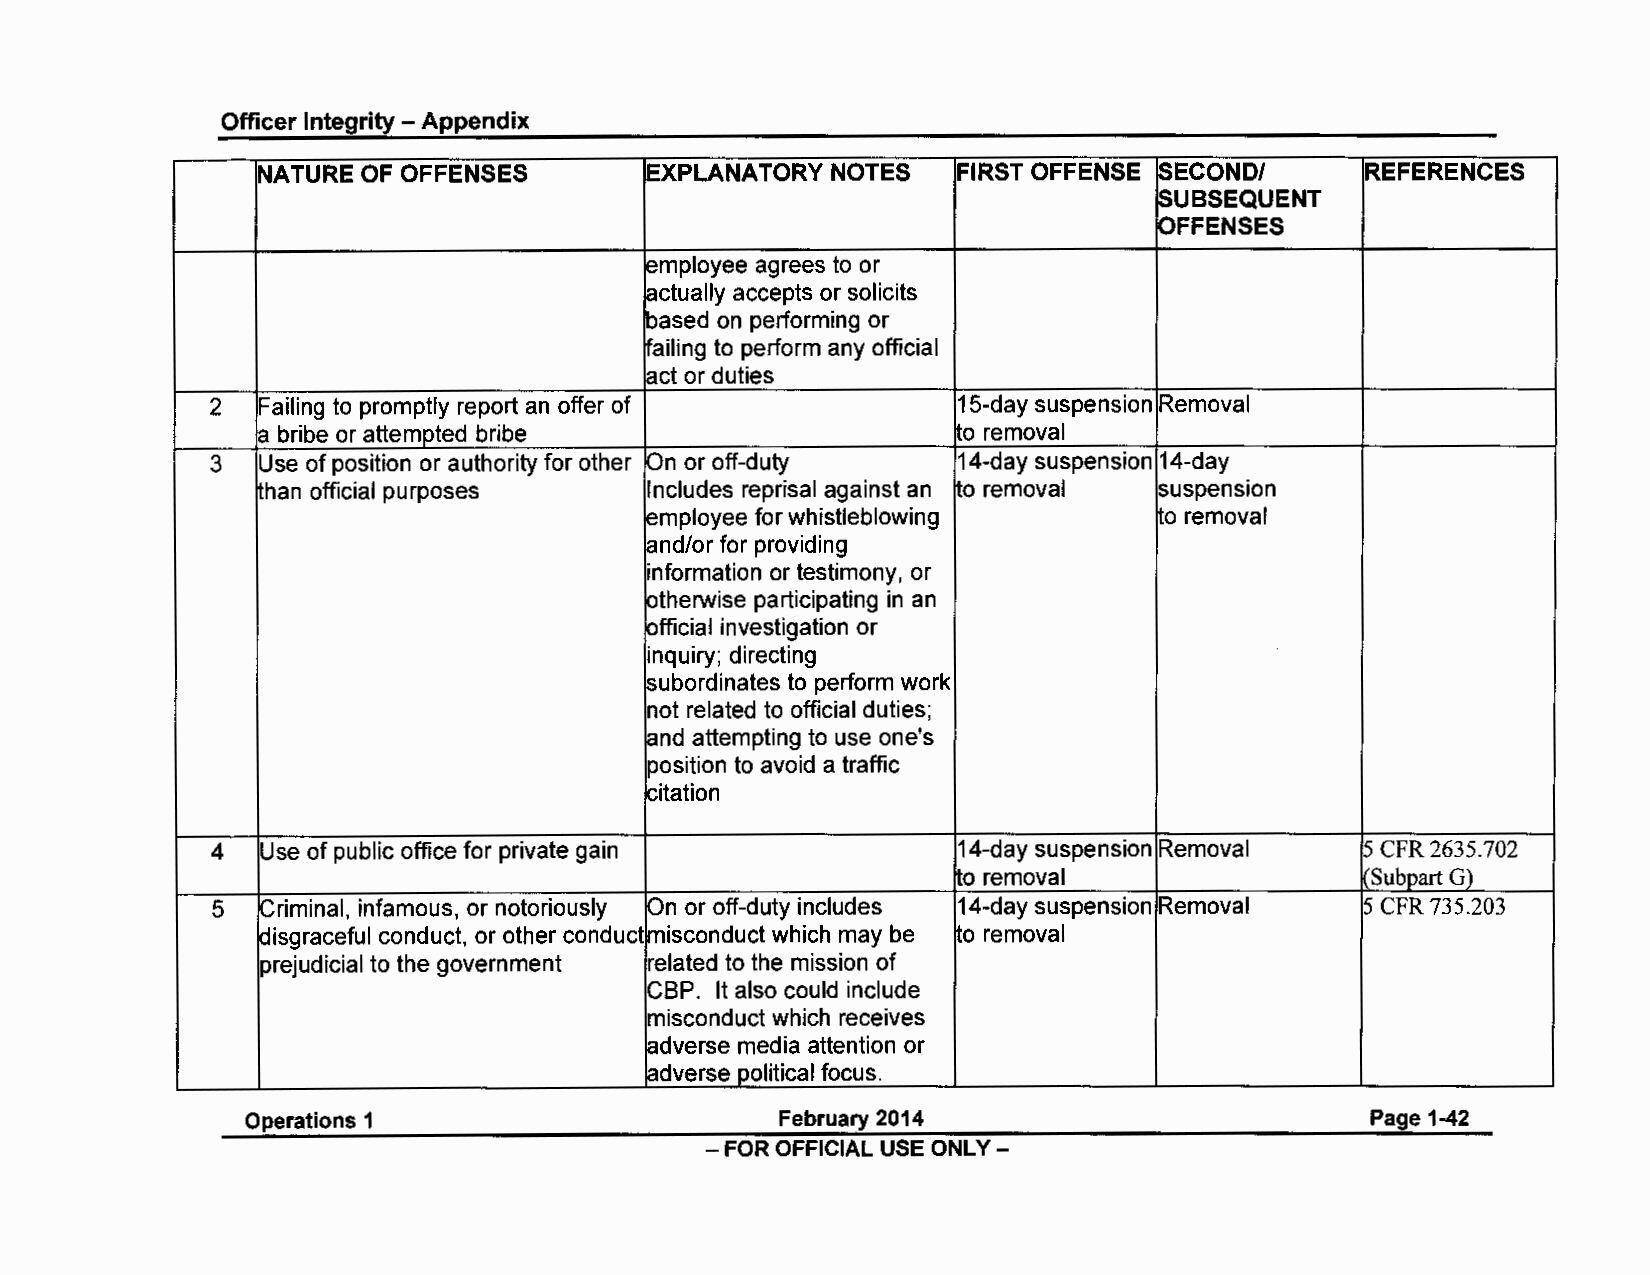
Officer Integrity - Appendix
 NATURE OF OFFENSES        EXPLANATORY NOTES   FIRST OFFENSE SECOND/      REFERENCES
 SUBSEQUENT
 OFFENSES
 employee agrees to or
 actually accepts or solicits
 based on performing or
 ~ailing to perform any official
 act or duties
 2  Failing to promptly report an offer of        15-day suspension Removal
 a bribe or attempted bribe                    to removal
 3  Use of position or authority for other On or off-duty 14-day suspension 14-day
 than official purposes    Includes reprisal against an o removal suspension
 employee for whistleblowing      ~o removal
 and/or for providing
 information or testimony, or
 otherwise participating in an
 official investigation or
 inquiry; directing
 subordinates to perform work
 not related to official duties;
 and attempting to use one's
 position to avoid a traffic
 citation
 4  Use of public office for private gain         14-day suspension Removal  5 CFR 2635.702
 to removal                 Subpart G)
 5  Criminal, infamous, or notoriously On or off-duty includes 14-day suspension Removal 5 CFR 735.203
 (lisgraceful conduct, or other conduct misconduct which may be LO removal
 prejudicial to the government related to the mission of
 CBP. It also could include
 misconduct which receives
 adverse media attention or
 adverse political focus.
 Operations 1                       February 2014                          Page 1-42
 - FOR OFFICIAL USE ONLY -